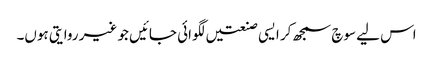
اس لیے سوچ سمجھ کر ایسی صنعتیں لگوائی جائیں جو غیر روایتی ہوں۔